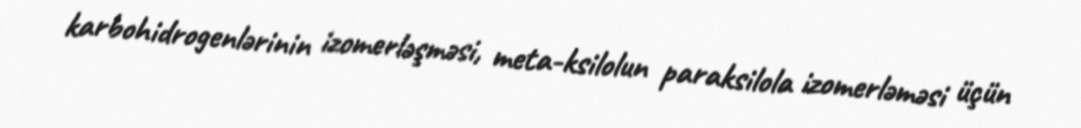
karbohidrogenlərinin izomerləşməsi, meta-ksilolun paraksilola izomerləməsi üçün